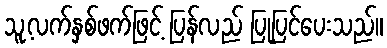
သူ့လက်နှစ်ဖက်ဖြင့် ပြန်လည် ပြုပြင်ပေးသည်။